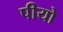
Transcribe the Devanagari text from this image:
पीयो